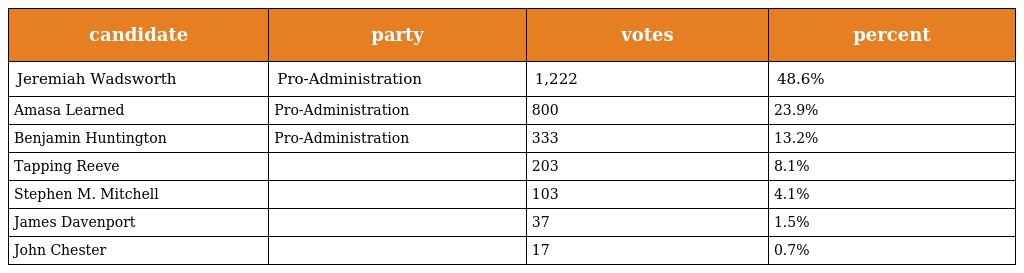
| candidate | party | votes | percent |
 | --- | --- | --- | --- |
 | Jeremiah Wadsworth | Pro-Administration | 1,222 | 48.6% |
 | Amasa Learned | Pro-Administration | 800 | 23.9% |
 | Benjamin Huntington | Pro-Administration | 333 | 13.2% |
 | Tapping Reeve |  | 203 | 8.1% |
 | Stephen M. Mitchell |  | 103 | 4.1% |
 | James Davenport |  | 37 | 1.5% |
 | John Chester |  | 17 | 0.7% |